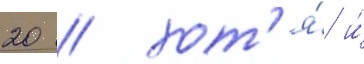
20 / хот'я́ и́